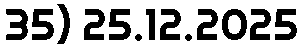
35) 25.12.2025